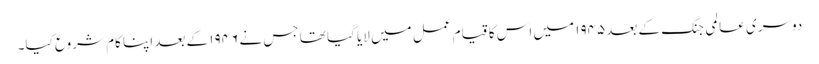
دوسری عالمی جنگ کے بعد۱۹۴۵ میں اس کا قیام عمل میں لایا گیا تھا جس نے ۱۹۴۶ کے بعد اپنا کام شروع کیا۔